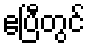
ဧပြီတွင်